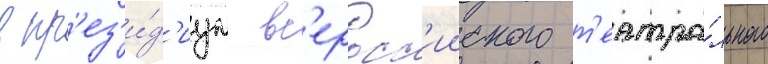
в пр'ез'и́д'иум вс'еросс'ииского т'еатра́льного